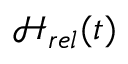
\mathcal { H } _ { r e l } ( t )